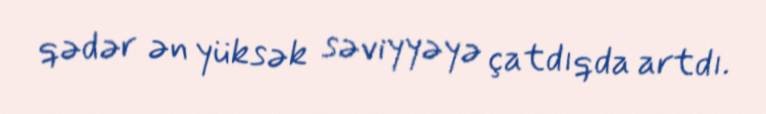
qədər ən yüksək səviyyəyə çatdıqda artdı.